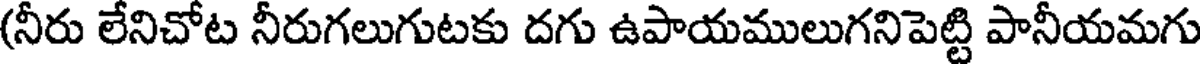
(నీరు లేనిచోట నీరుగలుగుటకు దగు ఉపాయములుగనిపెట్టి పానీయమగు